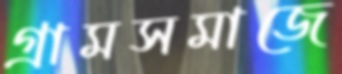
গ্রামসমাজে